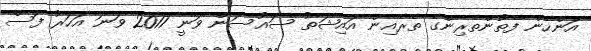
އަންހެން ފެތުންތެރިންގެ ތެރެއިން އައިޝަތު ސައުސަން ވަނީ 2017 ވަނަ އަހަރު ފަސް